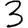
Digit: 3